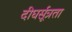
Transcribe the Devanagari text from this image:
दीघर्सूत्रता